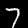
Label: 7